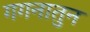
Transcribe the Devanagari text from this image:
गगनातुन